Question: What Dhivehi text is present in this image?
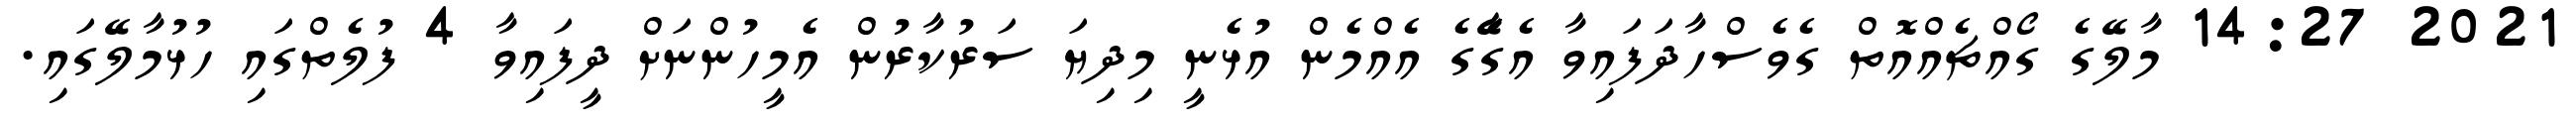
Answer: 2021 14:27 މާލޭގެ ގޯއްޗެއްއޮތް ގެވެސްހާދަފައިވާ އެގޭާގެ އެއްމެން އުޅެނީ މިދިޔަ ސަރުކާރުން އެމީހުންނަށް ދީފައިވާ 4 ފުލެތްގައި ހުޅުމާލޭގައި.